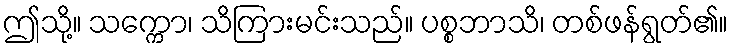
ဤသို့။ သက္ကော၊ သိကြားမင်းသည်။ ပစ္စဘာသိ၊ တစ်ဖန်ရွတ်၏။